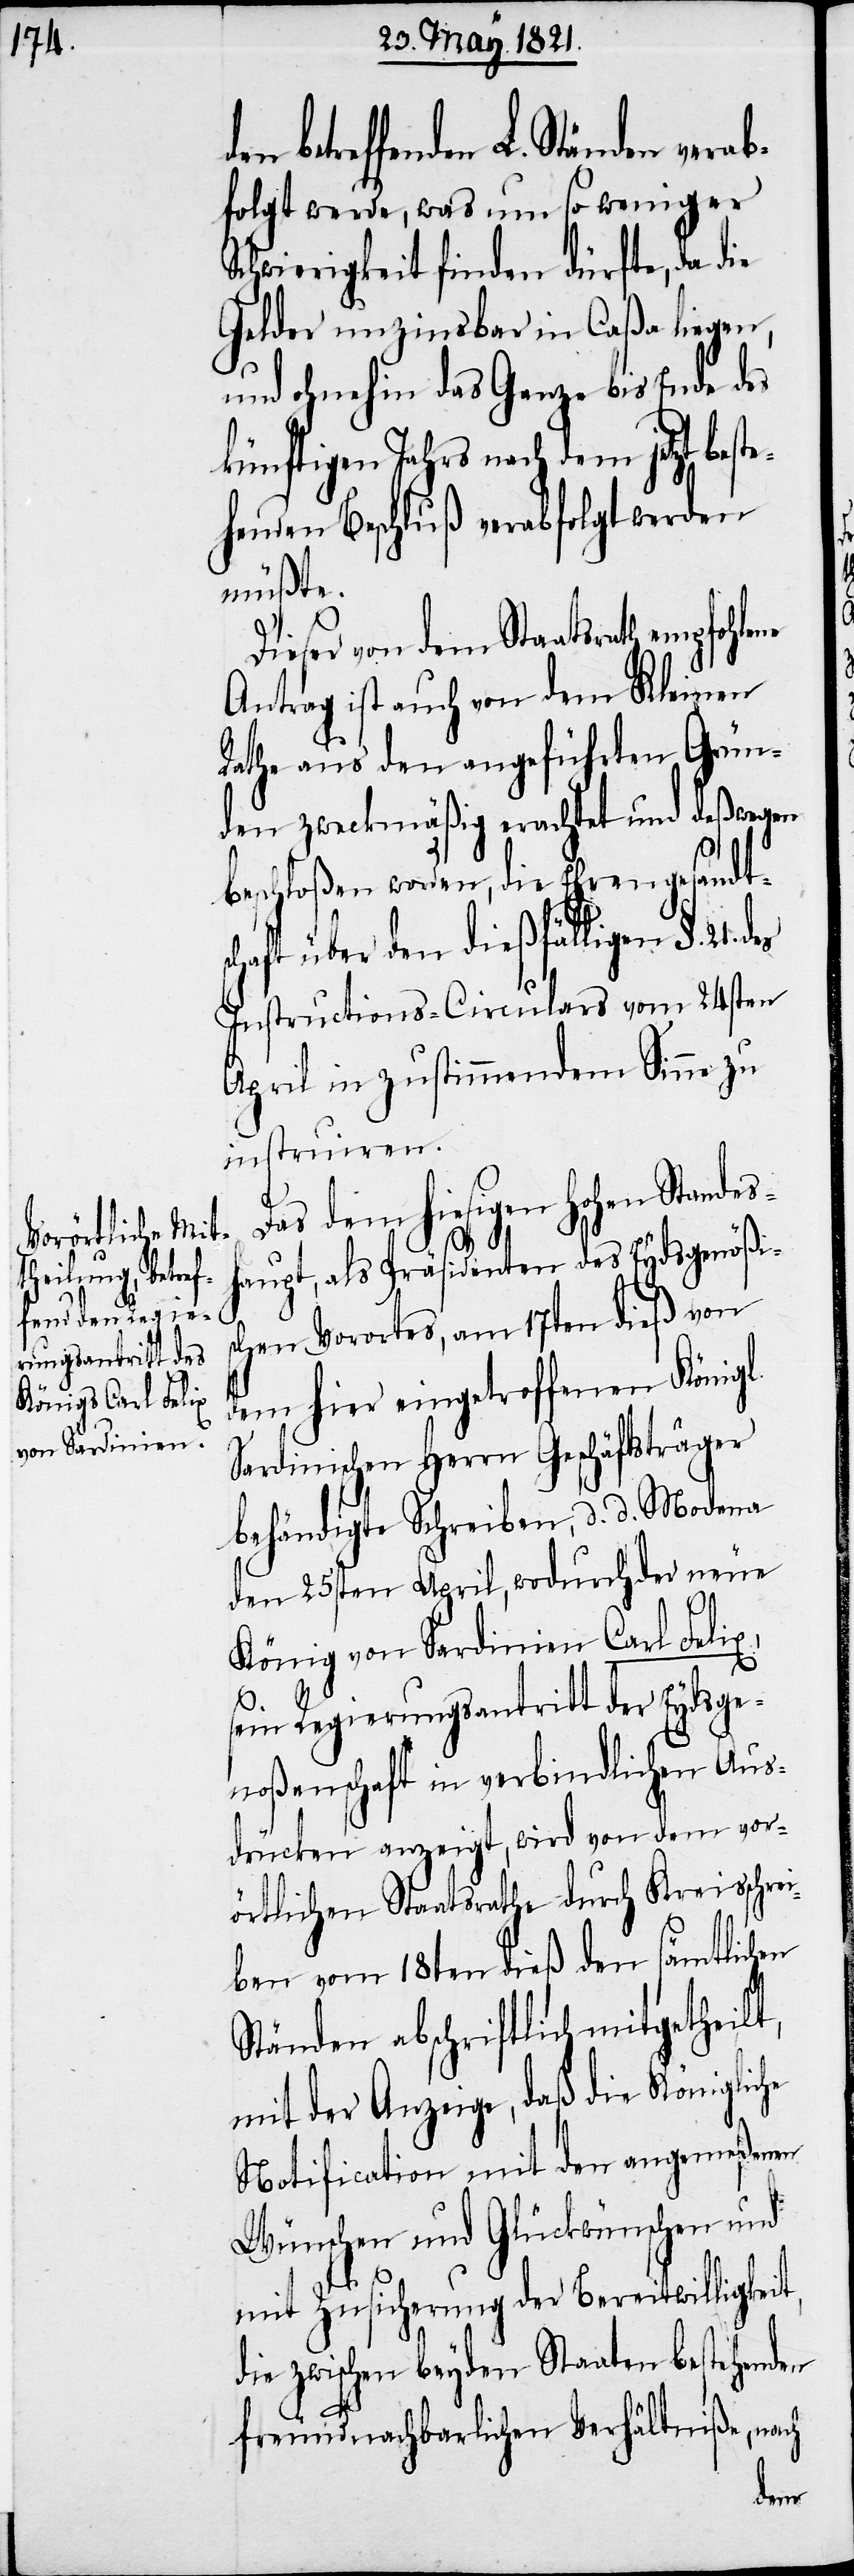
betreffenden L. Ständen verab¬
folgt werde, was um so weniger
Schwierigkeit finden dürfte, da die
Gelder unzinsbar in Caßa liegen,
und ohnehin das Ganze bis Ende des
hiesigen hohen Standesh¬
ehenden Beschluß verabfolgt werden
müßte.
Dieser von dem Staatsrath empfohlene
Antrag ist auch von dem Kleinen
Rath aus den angeführten Grün¬
den zweckmäßig erachtet und deßwegen
beschloßen worden, die Ehrengesandts¬
chaft über den dießfälligen §. 21.
Instructions-Circulars vom 24sten
April in zustimmendem Sinne zu
instruiren.
aupt, als Präsidenten des Eydsgenößi¬
schen Vorortes, am 17ten dieß von
dem hier eingetroffenen Königl.
Sardinischen Herrn Geschäftsträger
behändigte Schreiben, d. d. Modena
den 25sten April, wodurch der neue
König von Sardinien Carl Felix,
sein Regierungsantritt der Eydsge¬
noßenschaft in verbindlichen Aus¬
drücken anzeigt, wird von dem vor¬
örtlichen Staatsrathe durch Kreisschre¬
iben vom 18ten dieß den sämtlichen
Ständen abschriftlich mitgetheilt,
mit der Anzeige, daß die Königliche
Notification mit den angemeßenen
Wünschen und Glückwünschen und
mit Zusicherung der Bereitwilligkeit,
die zwischen beyden Staaten bestehenden
freundnachbarlichen Verhältniße, nach
dem